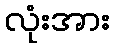
လုံးအား